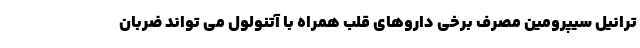
ترانیل سیپرومین مصرف برخی داروهای قلب همراه با آتنولول می تواند ضربان